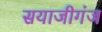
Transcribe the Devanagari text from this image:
सयाजीगंज